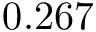
0 . 2 6 7